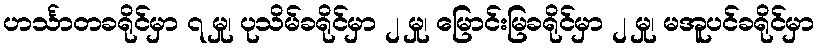
ဟင်္သာတခရိုင်မှာ ၇ မှု၊ ပုသိမ်ခရိုင်မှာ ၂ မှု၊ မြောင်းမြခရိုင်မှာ ၂ မှု၊ မအူပင်ခရိုင်မှာ